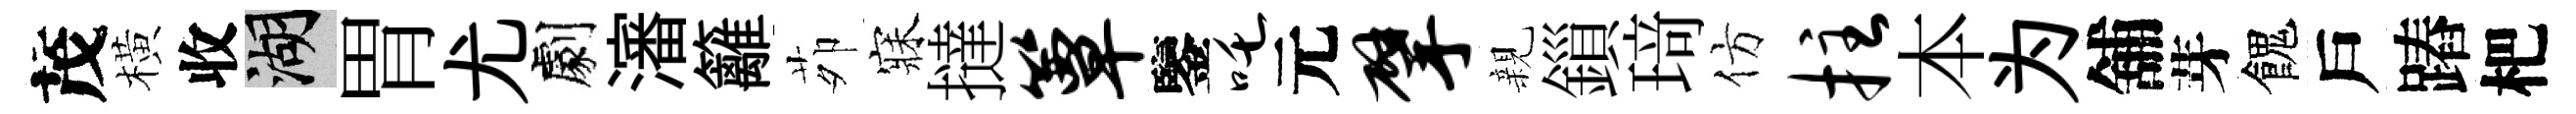
茂橫收湖胃尤劇瀋籬茆寐撻簟鑒吒元擘親鎻𤦺仿拄本为舖芽餽戶蹖杷